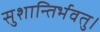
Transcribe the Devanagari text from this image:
सुशान्तिर्भवतु।